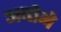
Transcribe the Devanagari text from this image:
अबोमे